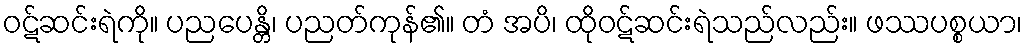
ဝဋ်ဆင်းရဲကို။ ပညပေန္တိ၊ ပညတ်ကုန်၏။ တံ အပိ၊ ထိုဝဋ်ဆင်းရဲသည်လည်း။ ဖဿပစ္စယာ၊